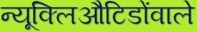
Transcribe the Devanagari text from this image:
न्यूक्लिऔटिडोंवाले